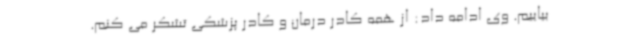
بیاییم. وی ادامه داد: از همه کادر درمان و کادر پزشکی تشکر می کنم.